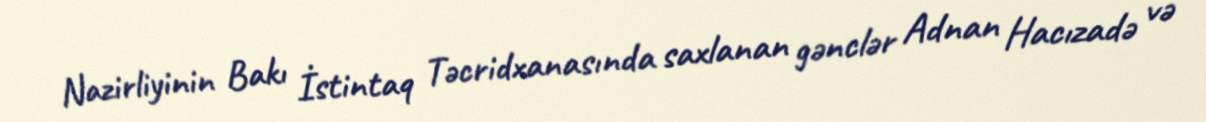
Nazirliyinin Bakı İstintaq Təcridxanasında saxlanan gənclər Adnan Hacızadə və